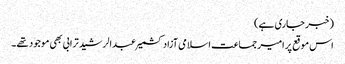
(خبر جاری ہے)
اس موقع پر امیر جماعت اسلامی آزاد کشمیر عبدالرشید ترابی بھی موجود تھے ۔